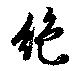
絶